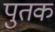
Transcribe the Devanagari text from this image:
पुतक